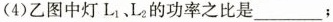
(4)乙图中灯L_{1}、L_{2}的功率之比是___；